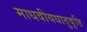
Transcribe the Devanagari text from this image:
माधवीयधातुवृत्ति